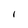
Character: I